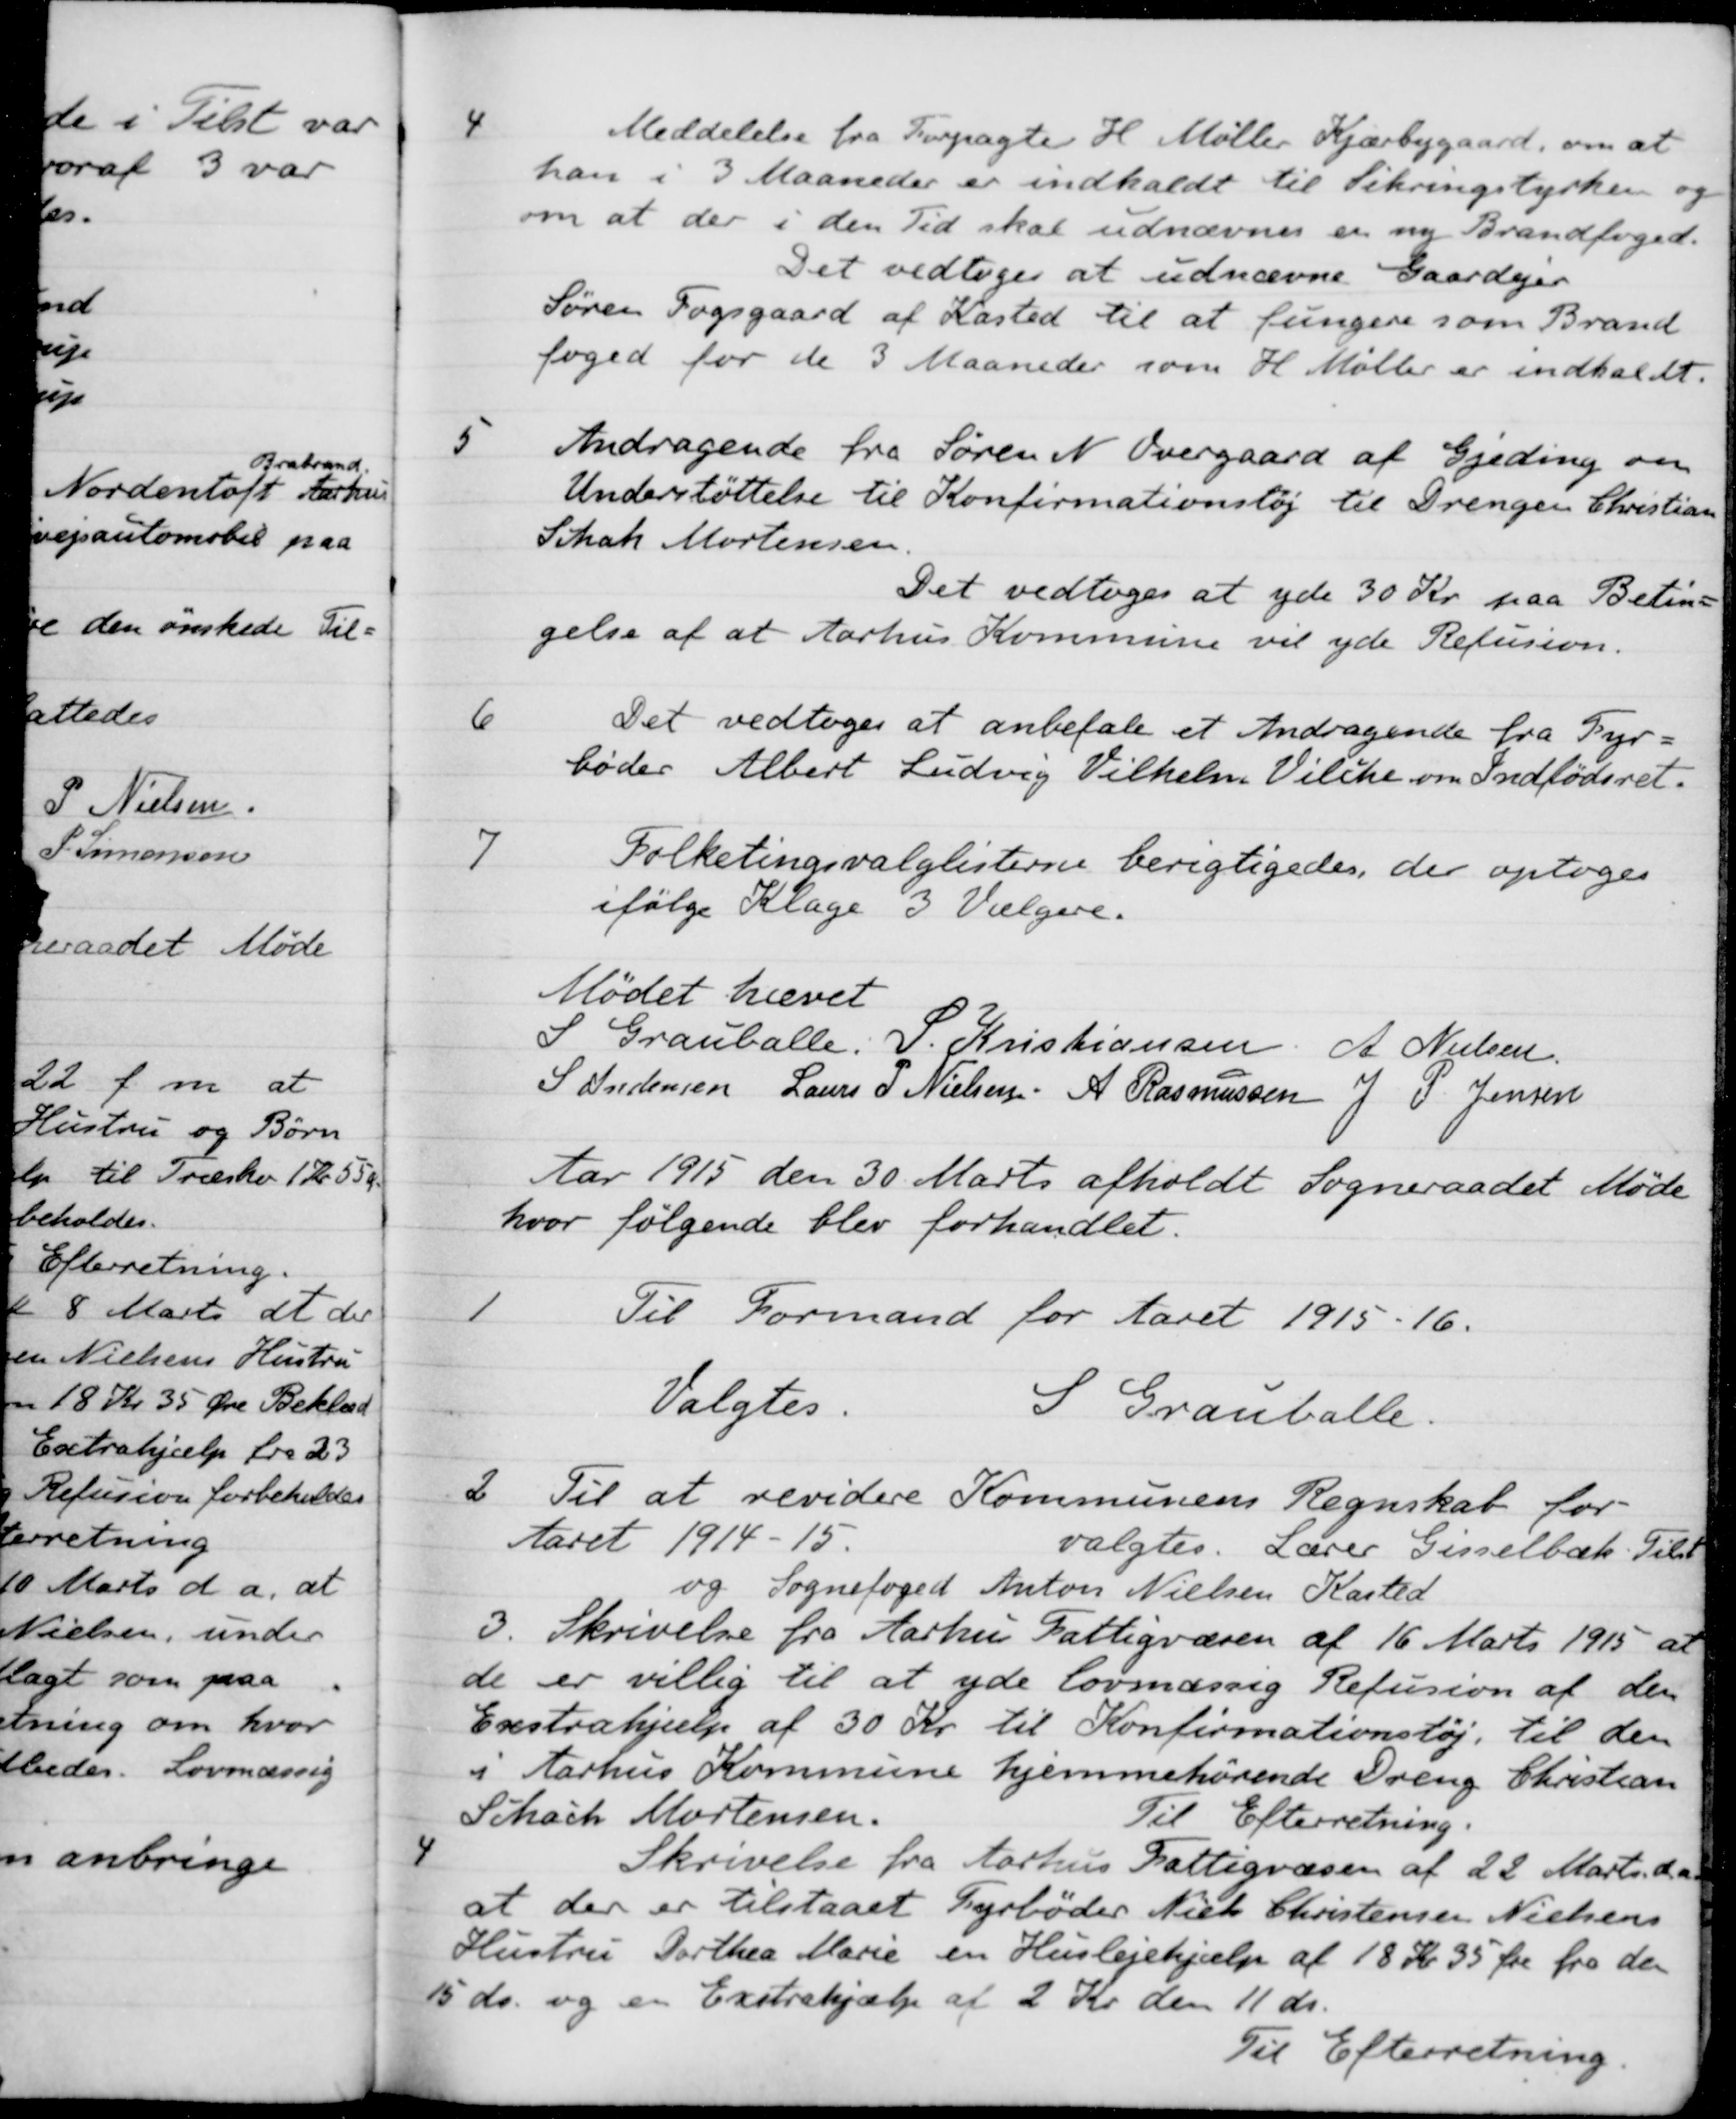
Transskription:
4
Meddelelse fra Forpagter H. Møller Kjærbygaard, om at
han i 3 Maaneder er indkaldt til Sikringstyrken og
om at der i den Tid skal udnævnes en ny Brandfoged.
Det vedtoges at udnævne Gaardejer
Søren Fogsgaard af Kasted til at fungere som Brand
foged for de 3 Maaneder som H. Møller er indkaldt.
5
Andragende fra Søren N. Overgaard af Gjeding om
Understøttelse til Konfirmationstøj til Drengen Christian
Schak Mortensen
Det vedtoges at yde 30 Kr. paa Betin=
gelse af at Aarhus Kommune vil yde Refusion.
6
Det vedtoges at anbefale et Andragende fra Fyr-
bøder Albert Ludvig Vilhelm Vilcke om Indfødsret.
7
Folketingsvalglisterne berigtigedes, der optoges
ifølge Klage 3 Vælgere.
Mødet hævet
S Grauballe
P. Kristiansen
A. Nielsen
S Andersen
Laurs P Nielsen
A Rasmussen
J P. Jensen
Aar 1915 den 30 Marts afholdt Sogneraadet Møde
hvor følgende blev forhandlet.
1
Til Formand for Aaret 1915-16.
Valgtes.
S Grauballe.
2
Til at revidere Kommunens Regnskab for
Aaret 1914-15.
valgtes. Lærer Gisselbæk. Tilst
og Sognefoged Anton Nielsen Kasted
3.
Skrivelse fra Aarhus Fattigvæsen af 16 Marts 1915 at
de er villig til at yde lovmæssig Refusion af den
Exstrahjælp af 30 Kr. til Konfirmationstøj til den
i Aarhus Kommune hjemmehørende Oreng Christian
Schack Mortensen
Til Efterretning.
4
Skrivelse fra Aarhus Fattigvæsen af 22 Marts d. A.
at der er tilstaaet Fyrbøder Niels Christensen Nielsens
Hustru Dorthea Marie en Huslejehjælp af 18 Kr 35 Øre fra den
15 ds. og en Exstrahjælp af 2 Kr. den 11 ds.
Til Efterretning.